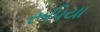
રૂપિયા